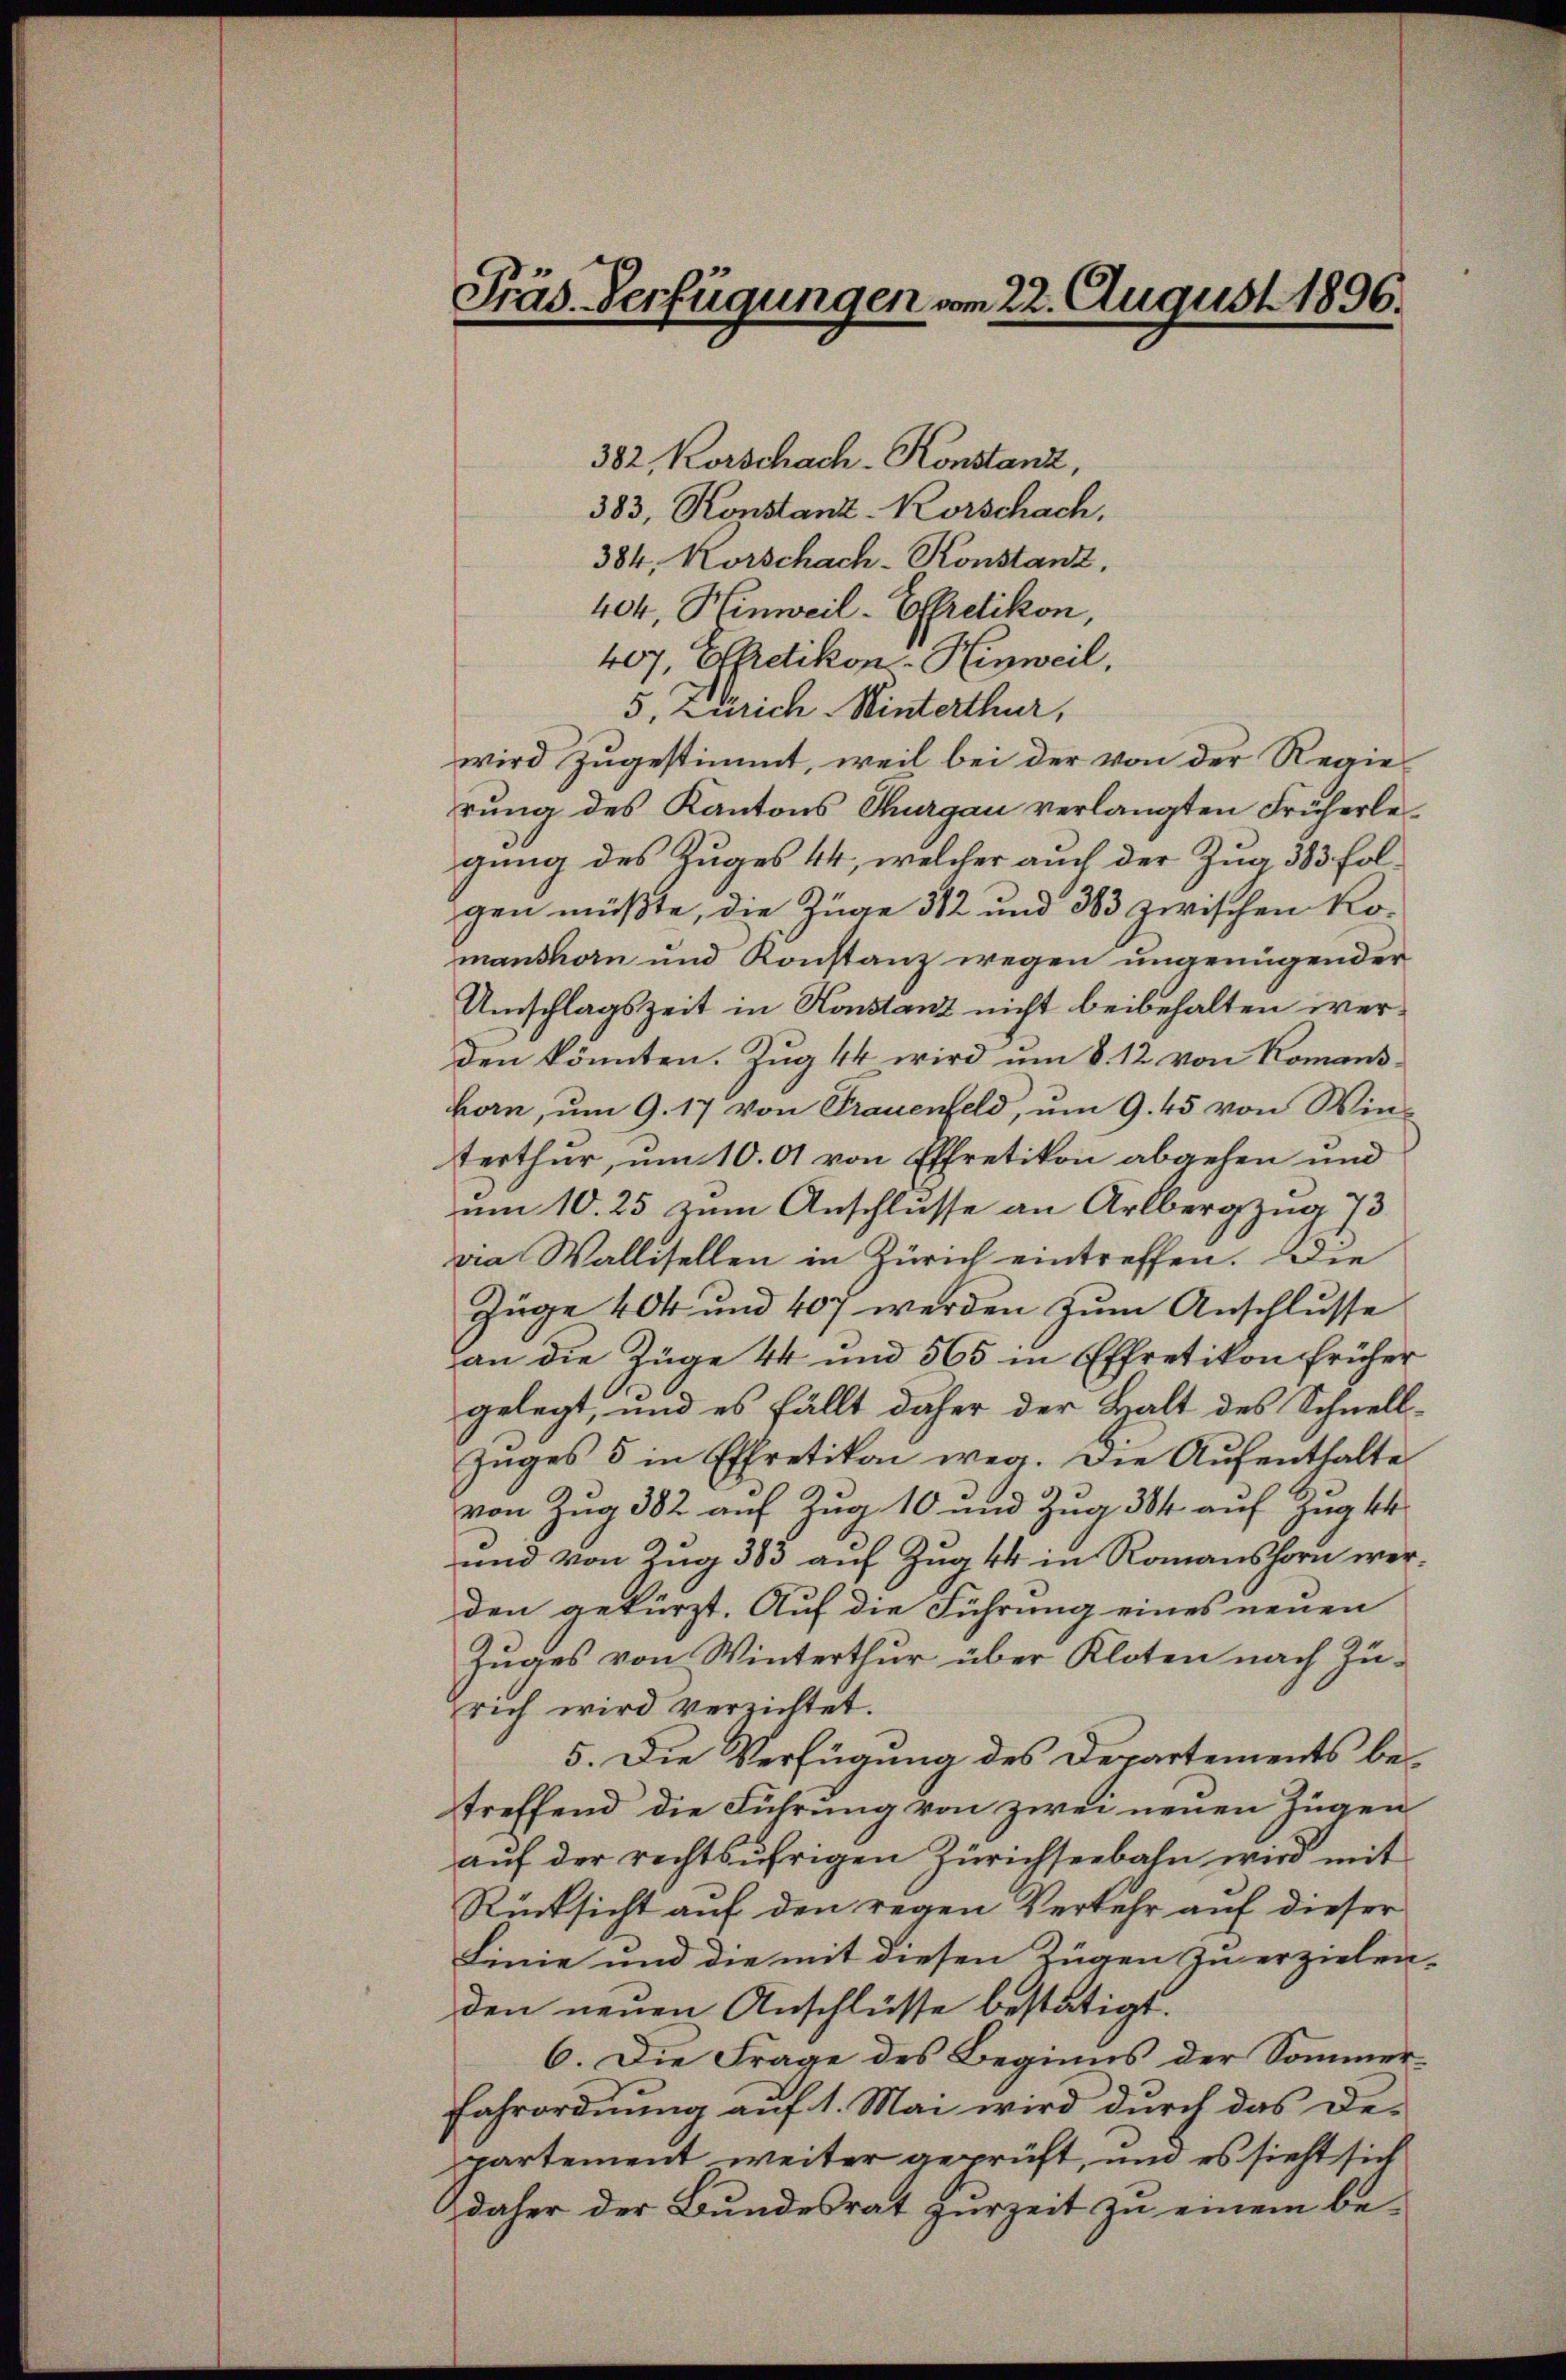
Präs. Verfügungen vom 22. August 1896.

382, Korschach-Konstanz,
383, Konstanz-Korschach,
384, Korschach-Konstanz,
404, Hinweil-Effretikon,
407, Edikon - Hinweil.
5, Zürich-Winterthur,
wird zugestimmt, weil bei der von der Regierung des Kantons Thurgau verlangten Früherlegung des Zuges 44, welcher auch der Zug 383 folgen müßte, die Züge 312 und 383 zwischen Komanshorn und Konstanz wegen ungenügender
Umschlagszeit in Konstanz nicht beibehalten werden könnten. Zug 44 wird um 8. 12 von Romanskan, um 9. 17 von Frauenfeld, um 9. 45 von Winterthur, um 10. 01 von Effretikon abgehen und
um 10. 25 zum Anschlusse an Arlbergzug 73
va Wallisellen in Zürich eintreffen. Die
Züge 404 und 407 werden zum Anschlusse
an die Züge 44 und 565 in Effretikon früher
gelegt, und es fällt daher der Balt des Schnell¬
Zuges 5 in Effretikon weg. Die Aufenthalte
von Zug 382 auf Zug 10 und Zug 384 auf Zug k
und von Zug 383 auf Zug 44 in Romanshorn werden gekürzt. Auf die Führung eines neuen
Zuges von Winterthur über Kloten nach Zurich wird verrichtet.
5. Die Verfügung des Departements betreffend die Führung von zwei neuen Zügen
auf der rechtsufrigen Zürichseebahn wird mit
Rücksicht auf den regen Verkehr auf dieser
Linie und die mit diesen Zügen zu erzielen.
den neuen Anschlüsse bestätigt.
6. Die Frage des Beginns der Sommer¬
Fahrordnung auf 1. Mai wird durch das De-
partement weiter geprüft, und es sieht sich
daher der Bundesrat zurZeit zu einem be-